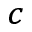
^ c